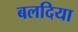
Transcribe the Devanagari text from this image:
बलदिया